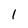
Character: I